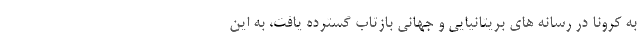
به کرونا در رسانه های بریتانیایی و جهانی بازتاب گسترده یافت، به این